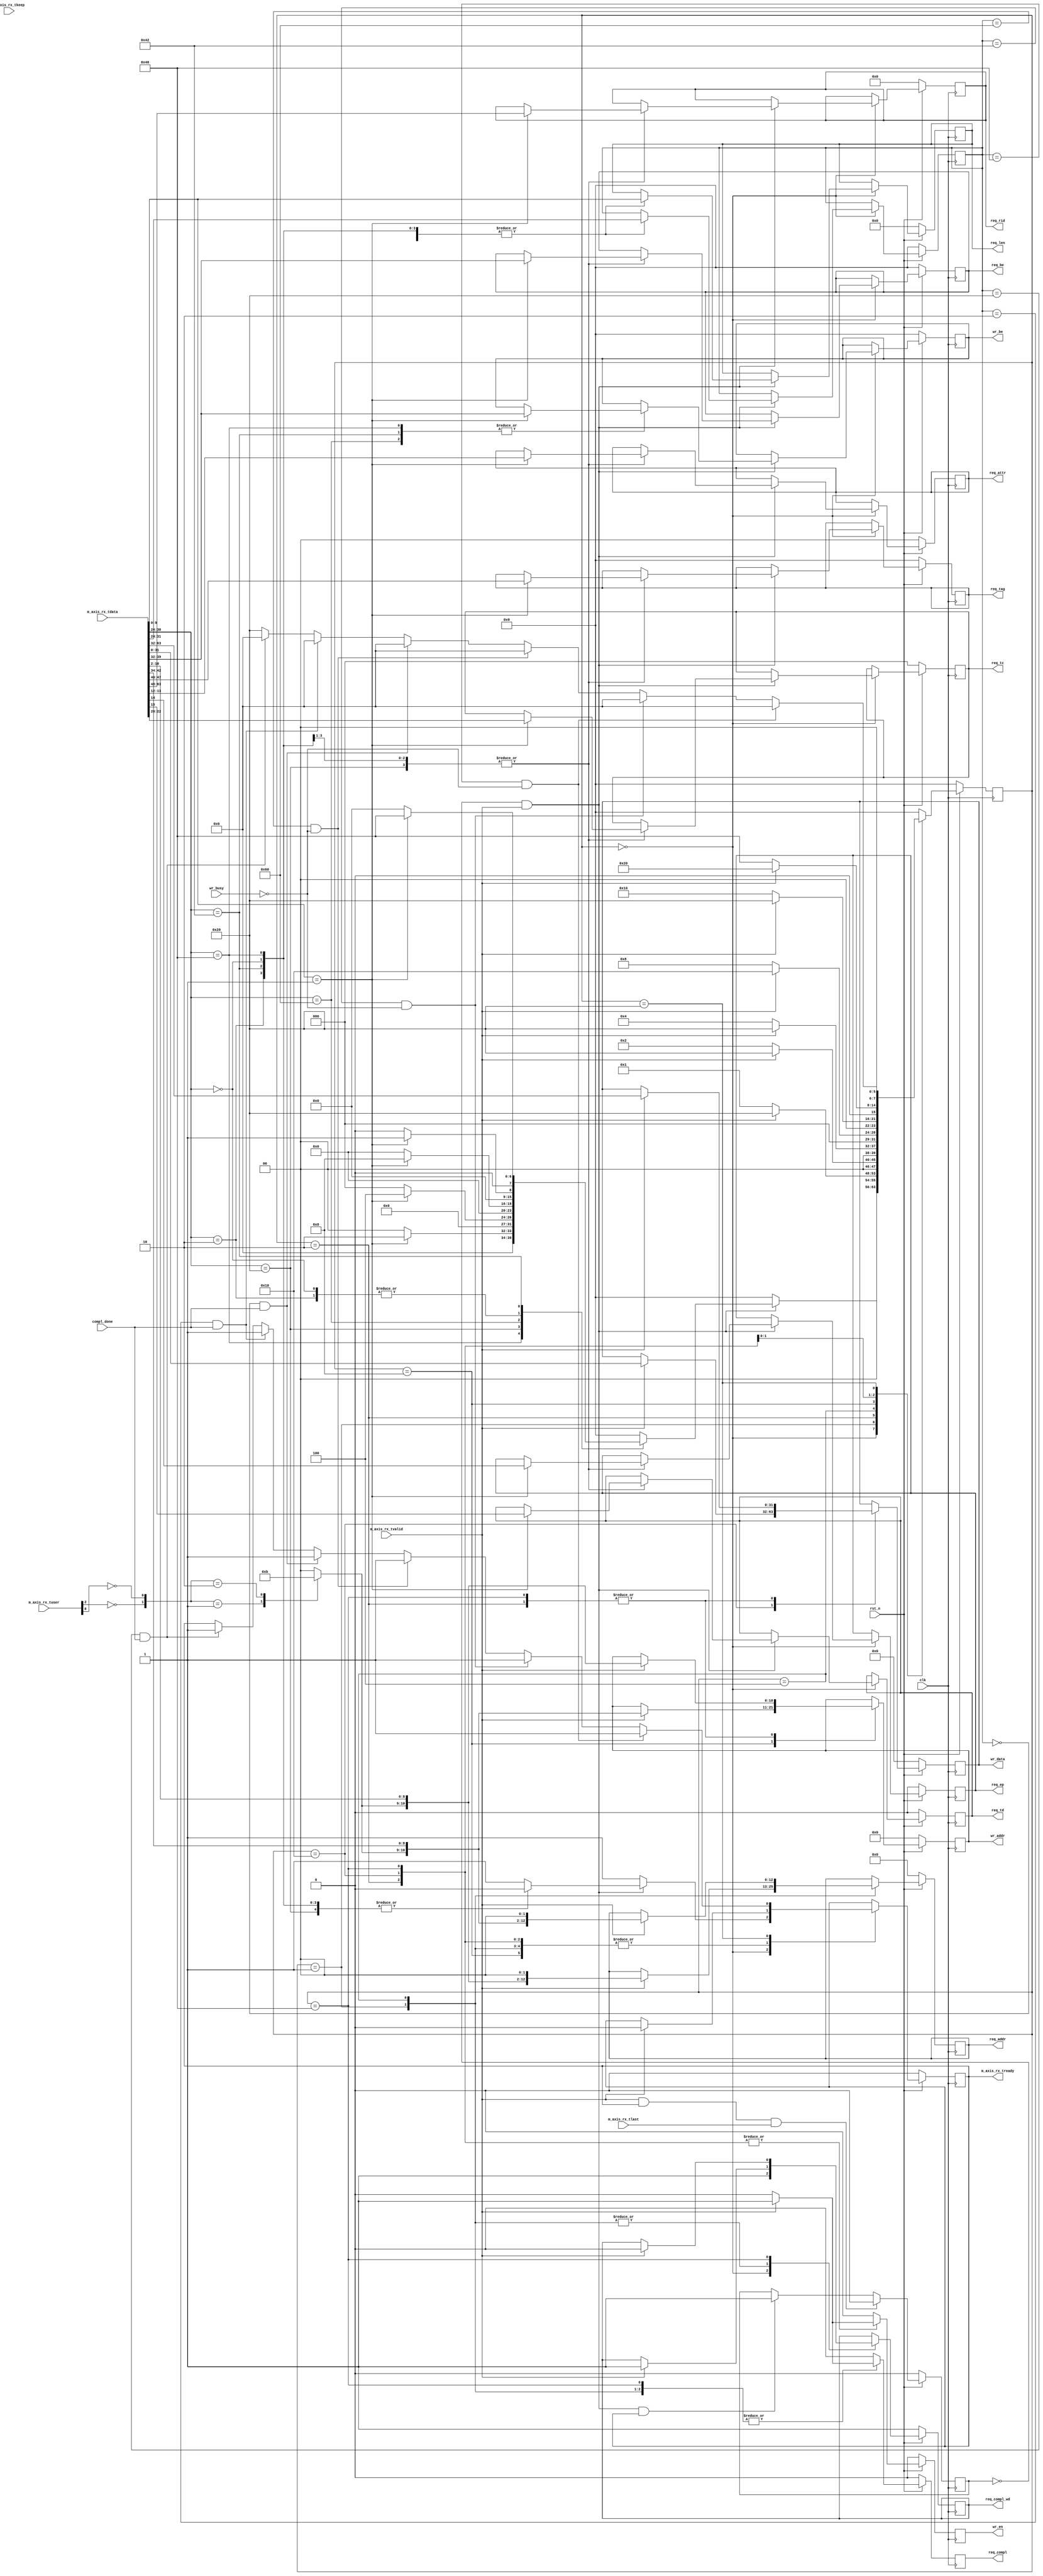
//-----------------------------------------------------------------------------
//
// (c) Copyright 2010-2011 Xilinx, Inc. All rights reserved.
//
// This file contains confidential and proprietary information
// of Xilinx, Inc. and is protected under U.S. and
// international copyright and other intellectual property
// laws.
//
// DISCLAIMER
// This disclaimer is not a license and does not grant any
// rights to the materials distributed herewith. Except as
// otherwise provided in a valid license issued to you by
// Xilinx, and to the maximum extent permitted by applicable
// law: (1) THESE MATERIALS ARE MADE AVAILABLE "AS IS" AND
// WITH ALL FAULTS, AND XILINX HEREBY DISCLAIMS ALL WARRANTIES
// AND CONDITIONS, EXPRESS, IMPLIED, OR STATUTORY, INCLUDING
// BUT NOT LIMITED TO WARRANTIES OF MERCHANTABILITY, NON-
// INFRINGEMENT, OR FITNESS FOR ANY PARTICULAR PURPOSE; and
// (2) Xilinx shall not be liable (whether in contract or tort,
// including negligence, or under any other theory of
// liability) for any loss or damage of any kind or nature
// related to, arising under or in connection with these
// materials, including for any direct, or any indirect,
// special, incidental, or consequential loss or damage
// (including loss of data, profits, goodwill, or any type of
// loss or damage suffered as a result of any action brought
// by a third party) even if such damage or loss was
// reasonably foreseeable or Xilinx had been advised of the
// possibility of the same.
//
// CRITICAL APPLICATIONS
// Xilinx products are not designed or intended to be fail-
// safe, or for use in any application requiring fail-safe
// performance, such as life-support or safety devices or
// systems, Class III medical devices, nuclear facilities,
// applications related to the deployment of airbags, or any
// other applications that could lead to death, personal
// injury, or severe property or environmental damage
// (individually and collectively, "Critical
// Applications"). Customer assumes the sole risk and
// liability of any use of Xilinx products in Critical
// Applications, subject only to applicable laws and
// regulations governing limitations on product liability.
//
// THIS COPYRIGHT NOTICE AND DISCLAIMER MUST BE RETAINED AS
// PART OF THIS FILE AT ALL TIMES.
//
//-----------------------------------------------------------------------------
// Project    : Series-7 Integrated Block for PCI Express
// Version    : 3.0
//--
//-- Description: Local-Link Receive Unit.
//--
//--------------------------------------------------------------------------------

`timescale 1ps/1ps


(* DowngradeIPIdentifiedWarnings = "yes" *)
module PIO_RX_ENGINE  #(
  parameter TCQ = 1,
  parameter C_DATA_WIDTH = 64,            // RX/TX interface data width

  // Do not override parameters below this line
  parameter KEEP_WIDTH = C_DATA_WIDTH / 8               // TSTRB width
) (
  input                         clk,
  input                         rst_n,

  // AXI-S
  input  [C_DATA_WIDTH-1:0]     m_axis_rx_tdata,
  input  [KEEP_WIDTH-1:0]       m_axis_rx_tkeep,
  input                         m_axis_rx_tlast,
  input                         m_axis_rx_tvalid,
  output reg                    m_axis_rx_tready,
  input    [21:0]               m_axis_rx_tuser,


  //  Memory Read data handshake with Completion
  //  transmit unit. Transmit unit reponds to
  //  req_compl assertion and responds with compl_done
  //  assertion when a Completion w/ data is transmitted.


  output reg         req_compl,
  output reg         req_compl_wd,
  input              compl_done,

  output reg [2:0]   req_tc,                        // Memory Read TC
  output reg         req_td,                        // Memory Read TD
  output reg         req_ep,                        // Memory Read EP
  output reg [1:0]   req_attr,                      // Memory Read Attribute
  output reg [9:0]   req_len,                       // Memory Read Length (1DW)
  output reg [15:0]  req_rid,                       // Memory Read Requestor ID
  output reg [7:0]   req_tag,                       // Memory Read Tag
  output reg [7:0]   req_be,                        // Memory Read Byte Enables
  output reg [12:0]  req_addr,                      // Memory Read Address


  // Memory interface used to save 1 DW data received
  // on Memory Write 32 TLP. Data extracted from
  // inbound TLP is presented to the Endpoint memory
  // unit. Endpoint memory unit reacts to wr_en
  // assertion and asserts wr_busy when it is
  // processing written information.


  output reg [10:0]  wr_addr,                       // Memory Write Address
  output reg [7:0]   wr_be,                         // Memory Write Byte Enable
  output reg [31:0]  wr_data,                       // Memory Write Data
  output reg         wr_en,                         // Memory Write Enable
  input              wr_busy                        // Memory Write Busy
);

  localparam PIO_RX_MEM_RD32_FMT_TYPE = 7'b00_00000;
  localparam PIO_RX_MEM_WR32_FMT_TYPE = 7'b10_00000;
  localparam PIO_RX_MEM_RD64_FMT_TYPE = 7'b01_00000;
  localparam PIO_RX_MEM_WR64_FMT_TYPE = 7'b11_00000;
  localparam PIO_RX_IO_RD32_FMT_TYPE  = 7'b00_00010;
  localparam PIO_RX_IO_WR32_FMT_TYPE  = 7'b10_00010;

  localparam PIO_RX_RST_STATE            = 8'b00000000;
  localparam PIO_RX_MEM_RD32_DW1DW2      = 8'b00000001;
  localparam PIO_RX_MEM_WR32_DW1DW2      = 8'b00000010;
  localparam PIO_RX_MEM_RD64_DW1DW2      = 8'b00000100;
  localparam PIO_RX_MEM_WR64_DW1DW2      = 8'b00001000;
  localparam PIO_RX_MEM_WR64_DW3         = 8'b00010000;
  localparam PIO_RX_WAIT_STATE           = 8'b00100000;
  localparam PIO_RX_IO_WR_DW1DW2         = 8'b01000000;
  localparam PIO_RX_IO_MEM_WR_WAIT_STATE = 8'b10000000;


  // Local Registers

  reg [7:0]          state;
  reg [7:0]          tlp_type;

  wire               io_bar_hit_n;
  wire               mem32_bar_hit_n;
  wire               mem64_bar_hit_n;
  wire               erom_bar_hit_n;

  reg [1:0]          region_select;

  generate
    if (C_DATA_WIDTH == 64) begin : pio_rx_sm_64
      wire               sop;                   // Start of packet
      reg                in_packet_q;

      // Generate a signal that indicates if we are currently receiving a packet.
      // This value is one clock cycle delayed from what is actually on the AXIS
      // data bus.
      always@(posedge clk)
      begin
        if(!rst_n)
          in_packet_q <= #   TCQ 1'b0;
        else if (m_axis_rx_tvalid && m_axis_rx_tready && m_axis_rx_tlast)
          in_packet_q <= #   TCQ 1'b0;
        else if (sop && m_axis_rx_tready)
          in_packet_q <= #   TCQ 1'b1;

      end

      assign sop = !in_packet_q && m_axis_rx_tvalid;

      always @ ( posedge clk ) begin

        if (!rst_n )
        begin

          m_axis_rx_tready <= #TCQ 1'b0;

          req_compl    <= #TCQ 1'b0;
          req_compl_wd <= #TCQ 1'b1;

          req_tc       <= #TCQ 3'b0;
          req_td       <= #TCQ 1'b0;
          req_ep       <= #TCQ 1'b0;
          req_attr     <= #TCQ 2'b0;
          req_len      <= #TCQ 10'b0;
          req_rid      <= #TCQ 16'b0;
          req_tag      <= #TCQ 8'b0;
          req_be       <= #TCQ 8'b0;
          req_addr     <= #TCQ 13'b0;

          wr_be        <= #TCQ 8'b0;
          wr_addr      <= #TCQ 11'b0;
          wr_data      <= #TCQ 32'b0;
          wr_en        <= #TCQ 1'b0;

          state        <= #TCQ PIO_RX_RST_STATE;
          tlp_type     <= #TCQ 8'b0;

        end
        else
        begin

          wr_en        <= #TCQ 1'b0;
          req_compl    <= #TCQ 1'b0;

          case (state)

            PIO_RX_RST_STATE : begin

              m_axis_rx_tready <= #TCQ 1'b1;
              req_compl_wd     <= #TCQ 1'b1;


              if (sop)
              begin

                case (m_axis_rx_tdata[30:24])

                  PIO_RX_MEM_RD32_FMT_TYPE : begin

                    tlp_type     <= #TCQ m_axis_rx_tdata[31:24];
                    req_len      <= #TCQ m_axis_rx_tdata[9:0];
                    m_axis_rx_tready <= #TCQ 1'b0;


                    if (m_axis_rx_tdata[9:0] == 10'b1)
                    begin

                      req_tc     <= #TCQ m_axis_rx_tdata[22:20];
                      req_td     <= #TCQ m_axis_rx_tdata[15];
                      req_ep     <= #TCQ m_axis_rx_tdata[14];
                      req_attr   <= #TCQ m_axis_rx_tdata[13:12];
                      req_len    <= #TCQ m_axis_rx_tdata[9:0];
                      req_rid    <= #TCQ m_axis_rx_tdata[63:48];
                      req_tag    <= #TCQ m_axis_rx_tdata[47:40];
                      req_be     <= #TCQ m_axis_rx_tdata[39:32];
                      state      <= #TCQ PIO_RX_MEM_RD32_DW1DW2;

                    end // if (m_axis_rx_tdata[9:0] == 10'b1)
                    else
                    begin

                      state        <= #TCQ PIO_RX_RST_STATE;

                    end // if !(m_axis_rx_tdata[9:0] == 10'b1)

                  end // PIO_RX_MEM_RD32_FMT_TYPE

                  PIO_RX_MEM_WR32_FMT_TYPE : begin

                    tlp_type     <= #TCQ m_axis_rx_tdata[31:24];
                    req_len      <= #TCQ m_axis_rx_tdata[9:0];
                    m_axis_rx_tready <= #TCQ 1'b0;

                    if (m_axis_rx_tdata[9:0] == 10'b1)
                    begin

                      wr_be      <= #TCQ m_axis_rx_tdata[39:32];
                      state      <= #TCQ PIO_RX_MEM_WR32_DW1DW2;

                    end // if (m_axis_rx_tdata[9:0] == 10'b1)
                    else
                    begin

                      state      <= #TCQ PIO_RX_RST_STATE;

                    end // if !(m_axis_rx_tdata[9:0] == 10'b1)

                  end // PIO_RX_MEM_WR32_FMT_TYPE

                  PIO_RX_MEM_RD64_FMT_TYPE : begin

                    tlp_type     <= #TCQ m_axis_rx_tdata[31:24];
                    req_len      <= #TCQ m_axis_rx_tdata[9:0];
                    m_axis_rx_tready <= #TCQ 1'b0;

                    if (m_axis_rx_tdata[9:0] == 10'b1)
                    begin

                      req_tc     <= #TCQ m_axis_rx_tdata[22:20];
                      req_td     <= #TCQ m_axis_rx_tdata[15];
                      req_ep     <= #TCQ m_axis_rx_tdata[14];
                      req_attr   <= #TCQ m_axis_rx_tdata[13:12];
                      req_len    <= #TCQ m_axis_rx_tdata[9:0];
                      req_rid    <= #TCQ m_axis_rx_tdata[63:48];
                      req_tag    <= #TCQ m_axis_rx_tdata[47:40];
                      req_be     <= #TCQ m_axis_rx_tdata[39:32];
                      state        <= #TCQ PIO_RX_MEM_RD64_DW1DW2;

                    end // if (m_axis_rx_tdata[9:0] == 10'b1)
                    else
                    begin

                      state      <= #TCQ PIO_RX_RST_STATE;

                    end // if !(m_axis_rx_tdata[9:0] == 10'b1)

                  end // PIO_RX_MEM_RD64_FMT_TYPE

                  PIO_RX_MEM_WR64_FMT_TYPE : begin

                    tlp_type     <= #TCQ m_axis_rx_tdata[31:24];
                    req_len      <= #TCQ m_axis_rx_tdata[9:0];

                    if (m_axis_rx_tdata[9:0] == 10'b1) begin

                      wr_be      <= #TCQ m_axis_rx_tdata[39:32];
                      state      <= #TCQ PIO_RX_MEM_WR64_DW1DW2;

                    end // if (m_axis_rx_tdata[9:0] == 10'b1)
                    else
                    begin

                      state      <= #TCQ PIO_RX_RST_STATE;

                    end // if !(m_axis_rx_tdata[9:0] == 10'b1)

                  end // PIO_RX_MEM_WR64_FMT_TYPE


                  PIO_RX_IO_RD32_FMT_TYPE : begin

                    tlp_type     <= #TCQ m_axis_rx_tdata[31:24];
                    req_len      <= #TCQ m_axis_rx_tdata[9:0];
                    m_axis_rx_tready <= #TCQ 1'b0;


                    if (m_axis_rx_tdata[9:0] == 10'b1)
                    begin

                      req_tc     <= #TCQ m_axis_rx_tdata[22:20];
                      req_td     <= #TCQ m_axis_rx_tdata[15];
                      req_ep     <= #TCQ m_axis_rx_tdata[14];
                      req_attr   <= #TCQ m_axis_rx_tdata[13:12];
                      req_len    <= #TCQ m_axis_rx_tdata[9:0];
                      req_rid    <= #TCQ m_axis_rx_tdata[63:48];
                      req_tag    <= #TCQ m_axis_rx_tdata[47:40];
                      req_be     <= #TCQ m_axis_rx_tdata[39:32];
                      state      <= #TCQ PIO_RX_MEM_RD32_DW1DW2;

                    end // if (m_axis_rx_tdata[9:0] == 10'b1)
                    else
                    begin

                      state      <= #TCQ PIO_RX_RST_STATE;

                    end // if !(m_axis_rx_tdata[9:0] == 10'b1)

                  end // PIO_RX_IO_RD32_FMT_TYPE

                  PIO_RX_IO_WR32_FMT_TYPE : begin

                    tlp_type     <= #TCQ m_axis_rx_tdata[31:24];
                    req_len      <= #TCQ m_axis_rx_tdata[9:0];
                    m_axis_rx_tready <= #TCQ 1'b0;

                    if (m_axis_rx_tdata[9:0] == 10'b1)
                    begin

                      req_tc     <= #TCQ m_axis_rx_tdata[22:20];
                      req_td     <= #TCQ m_axis_rx_tdata[15];
                      req_ep     <= #TCQ m_axis_rx_tdata[14];
                      req_attr   <= #TCQ m_axis_rx_tdata[13:12];
                      req_len    <= #TCQ m_axis_rx_tdata[9:0];
                      req_rid    <= #TCQ m_axis_rx_tdata[63:48];
                      req_tag    <= #TCQ m_axis_rx_tdata[47:40];
                      req_be     <= #TCQ m_axis_rx_tdata[39:32];
                      wr_be      <= #TCQ m_axis_rx_tdata[39:32];
                      state      <= #TCQ PIO_RX_IO_WR_DW1DW2;

                    end //if (m_axis_rx_tdata[9:0] == 10'b1)
                    else
                    begin

                      state        <= #TCQ PIO_RX_RST_STATE;

                    end //if !(m_axis_rx_tdata[9:0] == 10'b1)

                  end // PIO_RX_IO_WR32_FMT_TYPE


                  default : begin // other TLPs

                    state        <= #TCQ PIO_RX_RST_STATE;

                  end // default

                endcase

              end // if (sop)
              else
                  state <= #TCQ PIO_RX_RST_STATE;

            end // PIO_RX_RST_STATE

            PIO_RX_MEM_RD32_DW1DW2 : begin

              if (m_axis_rx_tvalid)
              begin

                m_axis_rx_tready <= #TCQ 1'b0;
                req_addr     <= #TCQ {region_select[1:0],m_axis_rx_tdata[10:2], 2'b00};
                req_compl    <= #TCQ 1'b1;
                req_compl_wd <= #TCQ 1'b1;
                state        <= #TCQ PIO_RX_WAIT_STATE;

              end // if (m_axis_rx_tvalid)
              else
                state        <= #TCQ PIO_RX_MEM_RD32_DW1DW2;

            end // PIO_RX_MEM_RD32_DW1DW2


            PIO_RX_MEM_WR32_DW1DW2 : begin

              if (m_axis_rx_tvalid)
              begin

                wr_data      <= #TCQ m_axis_rx_tdata[63:32];
                wr_en        <= #TCQ 1'b1;
                m_axis_rx_tready <= #TCQ 1'b0;
                wr_addr      <= #TCQ {region_select[1:0],m_axis_rx_tdata[10:2]};
                state        <= #TCQ  PIO_RX_WAIT_STATE;

              end // if (m_axis_rx_tvalid)
              else
                state        <= #TCQ PIO_RX_MEM_WR32_DW1DW2;

            end // PIO_RX_MEM_WR32_DW1DW2


            PIO_RX_MEM_RD64_DW1DW2 : begin

              if (m_axis_rx_tvalid)
              begin

                req_addr     <= #TCQ {region_select[1:0],m_axis_rx_tdata[42:34], 2'b00};
                req_compl    <= #TCQ 1'b1;
                req_compl_wd <= #TCQ 1'b1;
                m_axis_rx_tready <= #TCQ 1'b0;
                state        <= #TCQ PIO_RX_WAIT_STATE;

              end // if (m_axis_rx_tvalid)
              else
                state        <= #TCQ PIO_RX_MEM_RD64_DW1DW2;

            end // PIO_RX_MEM_RD64_DW1DW2


            PIO_RX_MEM_WR64_DW1DW2 : begin

              if (m_axis_rx_tvalid)
              begin

                m_axis_rx_tready <= #TCQ 1'b0;
                wr_addr        <= #TCQ {region_select[1:0],m_axis_rx_tdata[42:34]};
                state          <= #TCQ  PIO_RX_MEM_WR64_DW3;

              end // if (m_axis_rx_tvalid)
              else
                state          <= #TCQ PIO_RX_MEM_WR64_DW1DW2;

            end // PIO_RX_MEM_WR64_DW1DW2


            PIO_RX_MEM_WR64_DW3 : begin

              if (m_axis_rx_tvalid)
              begin

                wr_data      <= #TCQ m_axis_rx_tdata[31:0];
                wr_en        <= #TCQ 1'b1;
                m_axis_rx_tready <= #TCQ 1'b0;
                state        <= #TCQ PIO_RX_WAIT_STATE;

              end // if (m_axis_rx_tvalid)
              else
                 state        <= #TCQ PIO_RX_MEM_WR64_DW3;

            end // PIO_RX_MEM_WR64_DW3


            PIO_RX_IO_WR_DW1DW2 : begin

              if (m_axis_rx_tvalid)
              begin

                wr_data         <= #TCQ m_axis_rx_tdata[63:32];
                wr_en           <= #TCQ 1'b1;
                m_axis_rx_tready  <= #TCQ 1'b0;
                wr_addr         <= #TCQ {region_select[1:0],m_axis_rx_tdata[10:2]};
                req_compl       <= #TCQ 1'b1;
                req_compl_wd    <= #TCQ 1'b0;
                state             <= #TCQ  PIO_RX_WAIT_STATE;

              end // if (m_axis_rx_tvalid)
              else
                state             <= #TCQ PIO_RX_IO_WR_DW1DW2;
            end // PIO_RX_IO_WR_DW1DW2

            PIO_RX_WAIT_STATE : begin

              wr_en      <= #TCQ 1'b0;
              req_compl  <= #TCQ 1'b0;

              if ((tlp_type == PIO_RX_MEM_WR32_FMT_TYPE) && (!wr_busy))
              begin

                m_axis_rx_tready <= #TCQ 1'b1;
                state        <= #TCQ PIO_RX_RST_STATE;

              end // if ((tlp_type == PIO_RX_MEM_WR32_FMT_TYPE) && (!wr_busy))
              else if ((tlp_type == PIO_RX_IO_WR32_FMT_TYPE) && (!wr_busy))
              begin

                m_axis_rx_tready <= #TCQ 1'b1;
                state        <= #TCQ PIO_RX_RST_STATE;

              end // if ((tlp_type == PIO_RX_IO_WR32_FMT_TYPE) && (!wr_busy))
              else if ((tlp_type == PIO_RX_MEM_WR64_FMT_TYPE) && (!wr_busy))
              begin

                m_axis_rx_tready <= #TCQ 1'b1;
                state        <= #TCQ PIO_RX_RST_STATE;

              end // if ((tlp_type == PIO_RX_MEM_WR64_FMT_TYPE) && (!wr_busy))
              else if ((tlp_type == PIO_RX_MEM_RD32_FMT_TYPE) && (compl_done))
              begin

                m_axis_rx_tready <= #TCQ 1'b1;
                state        <= #TCQ PIO_RX_RST_STATE;

              end // if ((tlp_type == PIO_RX_MEM_RD32_FMT_TYPE) && (compl_done))
              else if ((tlp_type == PIO_RX_IO_RD32_FMT_TYPE) && (compl_done))
              begin

                m_axis_rx_tready <= #TCQ 1'b1;
                state        <= #TCQ PIO_RX_RST_STATE;

              end // if ((tlp_type == PIO_RX_IO_RD32_FMT_TYPE) && (compl_done))
              else if ((tlp_type == PIO_RX_MEM_RD64_FMT_TYPE) && (compl_done))
              begin

                m_axis_rx_tready <= #TCQ 1'b1;
                state        <= #TCQ PIO_RX_RST_STATE;

              end // if ((tlp_type == PIO_RX_MEM_RD64_FMT_TYPE) && (compl_done))
              else
                state        <= #TCQ PIO_RX_WAIT_STATE;

            end // PIO_RX_WAIT_STATE

            default : begin
              // default case stmt
              state        <= #TCQ PIO_RX_RST_STATE;
            end // default

          endcase

        end

      end
    end
    else if (C_DATA_WIDTH == 128) begin : pio_rx_sm_128
      // Define where the start of packet happens.  Remember that PCIe dwords
      // start on the right and get filled in to the left of the 128-bit data
      // bus.
      // Start of packet can only happen on byte 0 (right most byte) or on
      // byte 8 (middle byte).
      wire               sof_present = m_axis_rx_tuser[14];
      wire               sof_right = !m_axis_rx_tuser[13] && sof_present;
      wire               sof_mid = m_axis_rx_tuser[13] && sof_present;



      always @ ( posedge clk ) begin
        if (!rst_n )
        begin
          m_axis_rx_tready <= #TCQ 1'b0;
          req_compl    <= #TCQ 1'b0;
          req_compl_wd <= #TCQ 1'b1;
          req_tc       <= #TCQ 3'b0;
          req_td       <= #TCQ 1'b0;
          req_ep       <= #TCQ 1'b0;
          req_attr     <= #TCQ 2'b0;
          req_len      <= #TCQ 10'b0;
          req_rid      <= #TCQ 16'b0;
          req_tag      <= #TCQ 8'b0;
          req_be       <= #TCQ 8'b0;
          req_addr     <= #TCQ 13'b0;
          wr_be        <= #TCQ 8'b0;
          wr_addr      <= #TCQ 11'b0;
          wr_data      <= #TCQ 32'b0;
          wr_en        <= #TCQ 1'b0;

          state        <= #TCQ PIO_RX_RST_STATE;
          tlp_type     <= #TCQ 8'b0;
        end // if (!rst_n )
        else
        begin
          wr_en        <= #TCQ 1'b0;
          req_compl    <= #TCQ 1'b0;

          case (state)

            PIO_RX_RST_STATE : begin

              m_axis_rx_tready  <= #TCQ 1'b1;
              state             <= #TCQ PIO_RX_RST_STATE;
              req_compl_wd      <= #TCQ 1'b1;


              // Packet starts in the middle of the 128-bit bus.
              if ((m_axis_rx_tvalid) && (m_axis_rx_tready))
              begin
                if (sof_mid)
                begin
                  tlp_type          <= #TCQ m_axis_rx_tdata[95:88];
                  req_len           <= #TCQ m_axis_rx_tdata[73:64];
                  m_axis_rx_tready  <= #TCQ 1'b0;

                  // Evaluate packet type
                  case (m_axis_rx_tdata[94:88])

                    PIO_RX_MEM_RD32_FMT_TYPE : begin
                      if (m_axis_rx_tdata[73:64] == 10'b1)
                      begin
                        req_tc       <= #TCQ m_axis_rx_tdata[86:84];
                        req_td       <= #TCQ m_axis_rx_tdata[79];
                        req_ep       <= #TCQ m_axis_rx_tdata[78];
                        req_attr     <= #TCQ m_axis_rx_tdata[77:76];
                        req_len      <= #TCQ m_axis_rx_tdata[73:64];
                        req_rid      <= #TCQ m_axis_rx_tdata[127:112];
                        req_tag      <= #TCQ m_axis_rx_tdata[111:104];
                        req_be       <= #TCQ m_axis_rx_tdata[103:96];
                        state        <= #TCQ PIO_RX_MEM_RD32_DW1DW2;
                      end // if (m_axis_rx_tdata[73:64] == 10'b1)
                      else
                      begin
                        state        <= #TCQ PIO_RX_RST_STATE;
                      end // if !(m_axis_rx_tdata[73:64] == 10'b1)
                    end // PIO_RX_MEM_RD32_FMT_TYPE

                    PIO_RX_MEM_WR32_FMT_TYPE : begin
                      if (m_axis_rx_tdata[73:64] == 10'b1)
                      begin
                        wr_be        <= #TCQ m_axis_rx_tdata[103:96];
                        state        <= #TCQ PIO_RX_MEM_WR32_DW1DW2;
                      end // if (m_axis_rx_tdata[73:64] == 10'b1)
                      else
                      begin
                        state        <= #TCQ PIO_RX_RST_STATE;
                      end // if !(m_axis_rx_tdata[73:64] == 10'b1)
                    end // PIO_RX_MEM_WR32_FMT_TYPE

                    PIO_RX_MEM_RD64_FMT_TYPE : begin
                      if (m_axis_rx_tdata[73:64] == 10'b1)
                      begin
                        req_tc       <= #TCQ m_axis_rx_tdata[86:84];
                        req_td       <= #TCQ m_axis_rx_tdata[79];
                        req_ep       <= #TCQ m_axis_rx_tdata[78];
                        req_attr     <= #TCQ m_axis_rx_tdata[77:76];
                        req_len      <= #TCQ m_axis_rx_tdata[73:64];
                        req_rid      <= #TCQ m_axis_rx_tdata[127:112];
                        req_tag      <= #TCQ m_axis_rx_tdata[111:104];
                        req_be       <= #TCQ m_axis_rx_tdata[103:96];
                        state        <= #TCQ PIO_RX_MEM_RD64_DW1DW2;
                      end // if !(m_axis_rx_tdata[73:64] == 10'b1)
                      else
                      begin
                        state        <= #TCQ PIO_RX_RST_STATE;
                      end // if !(m_axis_rx_tdata[73:64] == 10'b1)
                    end // PIO_RX_MEM_RD64_FMT_TYPE

                    PIO_RX_MEM_WR64_FMT_TYPE : begin
                      if (m_axis_rx_tdata[73:64] == 10'b1)
                      begin
                        wr_be        <= #TCQ m_axis_rx_tdata[103:96];
                        state        <= #TCQ PIO_RX_MEM_WR64_DW1DW2;
                      end // if (m_axis_rx_tdata[73:64] == 10'b1)
                      else
                      begin
                        state        <= #TCQ PIO_RX_RST_STATE;
                      end // if !(m_axis_rx_tdata[73:64] == 10'b1)
                    end // PIO_RX_MEM_WR64_FMT_TYPE

                    PIO_RX_IO_RD32_FMT_TYPE : begin
                      if (m_axis_rx_tdata[73:64] == 10'b1)
                      begin
                        req_tc       <= #TCQ m_axis_rx_tdata[86:84];
                        req_td       <= #TCQ m_axis_rx_tdata[79];
                        req_ep       <= #TCQ m_axis_rx_tdata[78];
                        req_attr     <= #TCQ m_axis_rx_tdata[77:76];
                        req_len      <= #TCQ m_axis_rx_tdata[73:64];
                        req_rid      <= #TCQ m_axis_rx_tdata[127:112];
                        req_tag      <= #TCQ m_axis_rx_tdata[111:104];
                        req_be       <= #TCQ m_axis_rx_tdata[103:96];
                        state        <= #TCQ PIO_RX_MEM_RD32_DW1DW2;
                      end // if (m_axis_rx_tdata[73:64] == 10'b1)
                      else
                      begin
                        state        <= #TCQ PIO_RX_RST_STATE;
                      end // if !(m_axis_rx_tdata[73:64] == 10'b1)
                    end // PIO_RX_IO_RD32_FMT_TYPE

                    PIO_RX_IO_WR32_FMT_TYPE : begin
                      if (m_axis_rx_tdata[73:64] == 10'b1)
                      begin
                        req_tc       <= #TCQ m_axis_rx_tdata[86:84];
                        req_td       <= #TCQ m_axis_rx_tdata[79];
                        req_ep       <= #TCQ m_axis_rx_tdata[78];
                        req_attr     <= #TCQ m_axis_rx_tdata[77:76];
                        req_len      <= #TCQ m_axis_rx_tdata[73:64];
                        req_rid      <= #TCQ m_axis_rx_tdata[127:112];
                        req_tag      <= #TCQ m_axis_rx_tdata[111:104];

                        wr_be        <= #TCQ m_axis_rx_tdata[103:96];
                        state        <= #TCQ PIO_RX_MEM_WR32_DW1DW2;
                      end // if (m_axis_rx_tdata[73:64] == 10'b1)
                      else
                      begin
                        state        <= #TCQ PIO_RX_RST_STATE;
                      end // if !(m_axis_rx_tdata[73:64] == 10'b1)
                    end // PIO_RX_IO_WR32_FMT_TYPE

                    default : begin // other TLPs
                      state        <= #TCQ PIO_RX_RST_STATE;
                    end // default
                  endcase // case (m_axis_rx_tdata[94:88])

                // Packet starts on the right of the data bus.  Remember, packets start
                // on the right and are filled to the left.  The data-bus is filled 32-bits
                // (one Dword) at time.

                end
                else if (sof_right)
                begin
                  tlp_type        <= #TCQ m_axis_rx_tdata[31:24];
                  req_len         <= #TCQ m_axis_rx_tdata[9:0];
                  m_axis_rx_tready  <= #TCQ 1'b0;

                  case (m_axis_rx_tdata[30:24])
                    PIO_RX_MEM_RD32_FMT_TYPE : begin
                      if (m_axis_rx_tdata[9:0] == 10'b1)
                      begin
                        req_tc       <= #TCQ m_axis_rx_tdata[22:20];
                        req_td       <= #TCQ m_axis_rx_tdata[15];
                        req_ep       <= #TCQ m_axis_rx_tdata[14];
                        req_attr     <= #TCQ m_axis_rx_tdata[13:12];
                        req_len      <= #TCQ m_axis_rx_tdata[9:0];
                        req_rid      <= #TCQ m_axis_rx_tdata[63:48];
                        req_tag      <= #TCQ m_axis_rx_tdata[47:40];
                        req_be       <= #TCQ m_axis_rx_tdata[39:32];

                        //lower qw
                        req_addr     <= #TCQ {region_select[1:0],
                                                 m_axis_rx_tdata[74:66],2'b00};
                        req_compl    <= #TCQ 1'b1;
                        req_compl_wd <= #TCQ 1'b1;
                        state        <= #TCQ PIO_RX_WAIT_STATE;
                      end // if (m_axis_rx_tdata[9:0] == 10'b1)
                      else
                      begin
                        state        <= #TCQ PIO_RX_RST_STATE;
                      end // if (m_axis_rx_tdata[9:0] == 10'b1)
                    end // PIO_RX_MEM_RD32_FMT_TYPE

                    PIO_RX_MEM_WR32_FMT_TYPE : begin
                      if (m_axis_rx_tdata[9:0] == 10'b1)
                      begin
                        wr_be        <= #TCQ m_axis_rx_tdata[39:32];

                        //lower qw
                        wr_data      <= #TCQ m_axis_rx_tdata[127:96];
                        wr_en        <= #TCQ 1'b1;
                        wr_addr      <= #TCQ {region_select[1:0], m_axis_rx_tdata[74:66]};
                        wr_en        <= #TCQ 1'b1;
                        state        <= #TCQ PIO_RX_WAIT_STATE;
                      end // if (m_axis_rx_tdata[9:0] == 10'b1)
                      else
                      begin
                          state        <= #TCQ PIO_RX_RST_STATE;
                      end // if !(m_axis_rx_tdata[9:0] == 10'b1)
                    end // PIO_RX_MEM_WR32_FMT_TYPE


                    PIO_RX_MEM_RD64_FMT_TYPE : begin
                      if (m_axis_rx_tdata[9:0] == 10'b1)
                      begin
                        req_tc       <= #TCQ m_axis_rx_tdata[22:20];
                        req_td       <= #TCQ m_axis_rx_tdata[15];
                        req_ep       <= #TCQ m_axis_rx_tdata[14];
                        req_attr     <= #TCQ m_axis_rx_tdata[13:12];
                        req_len      <= #TCQ m_axis_rx_tdata[9:0];
                        req_rid      <= #TCQ m_axis_rx_tdata[63:48];
                        req_tag      <= #TCQ m_axis_rx_tdata[47:40];
                        req_be       <= #TCQ m_axis_rx_tdata[39:32];

                        //lower qw
                        // Upper 32-bits of 64-bit address not used, but would be captured
                        // in this state if used.  Upper 32 address bits are on
                        //m_axis_rx_tdata[127:96]
                        req_addr     <= #TCQ {region_select[1:0], m_axis_rx_tdata[74:66],2'b00};
                        req_compl    <= #TCQ 1'b1;
                        req_compl_wd <= #TCQ 1'b1;
                        state        <= #TCQ PIO_RX_WAIT_STATE;
                      end // if (m_axis_rx_tdata[9:0] == 10'b1)
                      else
                      begin
                        state        <= #TCQ PIO_RX_RST_STATE;
                      end // if !(m_axis_rx_tdata[9:0] == 10'b1)
                    end // PIO_RX_MEM_RD64_FMT_TYPE

                    PIO_RX_MEM_WR64_FMT_TYPE : begin
                      if (m_axis_rx_tdata[9:0] == 10'b1)
                      begin
                        wr_be        <= #TCQ m_axis_rx_tdata[39:32];

                        // lower qw
                        wr_addr      <= #TCQ {region_select[1:0], m_axis_rx_tdata[74:66]};
                        state        <= #TCQ PIO_RX_MEM_WR64_DW3;
                      end // if (m_axis_rx_tdata[9:0] == 10'b1)
                      else
                      begin
                        state        <= #TCQ PIO_RX_WAIT_STATE;
                      end // if !(m_axis_rx_tdata[9:0] == 10'b1)
                    end // PIO_RX_MEM_WR64_FMT_TYPE


                    PIO_RX_IO_RD32_FMT_TYPE : begin
                      if (m_axis_rx_tdata[9:0] == 10'b1)
                      begin
                        req_tc       <= #TCQ m_axis_rx_tdata[22:20];
                        req_td       <= #TCQ m_axis_rx_tdata[15];
                        req_ep       <= #TCQ m_axis_rx_tdata[14];
                        req_attr     <= #TCQ m_axis_rx_tdata[13:12];
                        req_len      <= #TCQ m_axis_rx_tdata[9:0];
                        req_rid      <= #TCQ m_axis_rx_tdata[63:48];
                        req_tag      <= #TCQ m_axis_rx_tdata[47:40];
                        req_be       <= #TCQ m_axis_rx_tdata[39:32];

                        //lower qw
                        req_addr     <= #TCQ {region_select[1:0], m_axis_rx_tdata[74:66],2'b00};
                        req_compl    <= #TCQ 1'b1;
                        req_compl_wd <= #TCQ 1'b1;
                        state        <= #TCQ PIO_RX_WAIT_STATE;
                      end // if (m_axis_rx_tdata[9:0] == 10'b1)
                      else
                      begin
                        state        <= #TCQ PIO_RX_RST_STATE;
                      end // if !(m_axis_rx_tdata[9:0] == 10'b1)
                    end // PIO_RX_IO_RD32_FMT_TYPE


                    PIO_RX_IO_WR32_FMT_TYPE : begin
                      if (m_axis_rx_tdata[9:0] == 10'b1)
                      begin
                        wr_be        <= #TCQ m_axis_rx_tdata[39:32];

                        //lower qw
                        req_tc       <= #TCQ m_axis_rx_tdata[22:20];
                        req_td       <= #TCQ m_axis_rx_tdata[15];
                        req_ep       <= #TCQ m_axis_rx_tdata[14];
                        req_attr     <= #TCQ m_axis_rx_tdata[13:12];
                        req_len      <= #TCQ m_axis_rx_tdata[9:0];
                        req_rid      <= #TCQ m_axis_rx_tdata[63:48];
                        req_tag      <= #TCQ m_axis_rx_tdata[47:40];

                        wr_data      <= #TCQ m_axis_rx_tdata[127:96];
                        wr_en        <= #TCQ 1'b1;
                        wr_addr      <= #TCQ {region_select[1:0], m_axis_rx_tdata[74:66]};
                        wr_en        <= #TCQ 1'b1;
                        req_compl    <= #TCQ 1'b1;
                        req_compl_wd <= #TCQ 1'b0;
                        state        <= #TCQ PIO_RX_WAIT_STATE;
                      end // if (m_axis_rx_tdata[9:0] == 10'b1)
                      else
                      begin
                        state        <= #TCQ PIO_RX_RST_STATE;
                      end // if !(m_axis_rx_tdata[9:0] == 10'b1)
                    end // PIO_RX_IO_WR32_FMT_TYPE

                  endcase // case (m_axis_rx_tdata[30:24])

                end // if (sof_right)
              end
              else // not a start of packet
                state <= #TCQ PIO_RX_RST_STATE;
            end //PIO_RX_RST_STATE

            PIO_RX_MEM_WR64_DW3 : begin
              if (m_axis_rx_tvalid)
              begin
                wr_data        <= #TCQ m_axis_rx_tdata[31:0];
                wr_en          <= #TCQ 1'b1;
                state          <= #TCQ PIO_RX_WAIT_STATE;
              end // if (m_axis_rx_tvalid)
              else
              begin
                state          <= #TCQ PIO_RX_MEM_WR64_DW3;
              end // if !(m_axis_rx_tvalid)
            end // PIO_RX_MEM_WR64_DW3

            PIO_RX_MEM_RD32_DW1DW2 : begin
              if (m_axis_rx_tvalid)
              begin
                m_axis_rx_tready  <= #TCQ 1'b0;
                req_addr          <= #TCQ {region_select[1:0], m_axis_rx_tdata[10:2], 2'b00};
                req_compl         <= #TCQ 1'b1;
                req_compl_wd      <= #TCQ 1'b1;
                state             <= #TCQ PIO_RX_WAIT_STATE;
              end // if (m_axis_rx_tvalid)
              else
              begin
                state             <= #TCQ PIO_RX_MEM_RD32_DW1DW2;
              end // if !(m_axis_rx_tvalid)
            end // PIO_RX_MEM_RD32_DW1DW2


            PIO_RX_MEM_WR32_DW1DW2 : begin
              if (m_axis_rx_tvalid)
              begin
                wr_data           <= #TCQ m_axis_rx_tdata[63:32];
                wr_en             <= #TCQ 1'b1;
                m_axis_rx_tready  <= #TCQ 1'b0;
                wr_addr           <= #TCQ {region_select[1:0], m_axis_rx_tdata[10:2]};
                state             <= #TCQ  PIO_RX_WAIT_STATE;
              end // if (m_axis_rx_tvalid)
              else
              begin
                state             <= #TCQ PIO_RX_MEM_WR32_DW1DW2;
              end // if !(m_axis_rx_tvalid)
            end // PIO_RX_MEM_WR32_DW1DW2


            PIO_RX_IO_WR_DW1DW2 : begin
              if (m_axis_rx_tvalid)
              begin
                wr_data           <= #TCQ m_axis_rx_tdata[63:32];
                wr_en             <= #TCQ 1'b1;
                m_axis_rx_tready  <= #TCQ 1'b0;
                wr_addr           <= #TCQ {region_select[1:0], m_axis_rx_tdata[10:2]};
                req_compl         <= #TCQ 1'b1;
                req_compl_wd      <= #TCQ 1'b0;
                state             <= #TCQ  PIO_RX_WAIT_STATE;
              end // if (m_axis_rx_tvalid)
              else
              begin
                state             <= #TCQ PIO_RX_MEM_WR32_DW1DW2;
              end // if !(m_axis_rx_tvalid)
            end // PIO_RX_IO_WR_DW1DW2


            PIO_RX_MEM_RD64_DW1DW2 : begin
              if (m_axis_rx_tvalid)
              begin
                req_addr         <= #TCQ {region_select[1:0], m_axis_rx_tdata[10:2], 2'b00};
                req_compl        <= #TCQ 1'b1;
                req_compl_wd     <= #TCQ 1'b1;
                m_axis_rx_tready <= #TCQ 1'b0;
                state            <= #TCQ PIO_RX_WAIT_STATE;
              end // if (m_axis_rx_tvalid)
              else
              begin
                state        <= #TCQ PIO_RX_MEM_RD64_DW1DW2;
              end // if !(m_axis_rx_tvalid)
            end // PIO_RX_MEM_RD64_DW1DW2


            PIO_RX_MEM_WR64_DW1DW2 : begin
              if (m_axis_rx_tvalid)
              begin
                m_axis_rx_tready  <= #TCQ 1'b0;
                wr_addr           <= #TCQ {region_select[1:0], m_axis_rx_tdata[10:2]};
                // lower QW
                wr_data           <= #TCQ m_axis_rx_tdata[95:64];
                wr_en             <= #TCQ 1'b1;
                state             <= #TCQ PIO_RX_WAIT_STATE;
              end // if (m_axis_rx_tvalid)
              else
              begin
                state            <= #TCQ PIO_RX_MEM_WR64_DW1DW2;
              end // if (m_axis_rx_tvalid)
            end // PIO_RX_MEM_WR64_DW1DW2


            PIO_RX_WAIT_STATE : begin

              wr_en      <= #TCQ 1'b0;
              req_compl  <= #TCQ 1'b0;

              if ((tlp_type == PIO_RX_MEM_WR32_FMT_TYPE) &&(!wr_busy))
              begin

                m_axis_rx_tready  <= #TCQ 1'b1;
                state             <= #TCQ PIO_RX_RST_STATE;

              end // if ((tlp_type == PIO_RX_MEM_WR32_FMT_TYPE) &&(!wr_busy))
              else if ((tlp_type == PIO_RX_IO_WR32_FMT_TYPE) && (!wr_busy))
              begin

                m_axis_rx_tready <= #TCQ 1'b1;
                state        <= #TCQ PIO_RX_RST_STATE;

              end // if ((tlp_type == PIO_RX_IO_WR32_FMT_TYPE) && (!compl_done))
              else if ((tlp_type == PIO_RX_MEM_WR64_FMT_TYPE) && (!wr_busy))
              begin

                m_axis_rx_tready <= #TCQ 1'b1;
                state        <= #TCQ PIO_RX_RST_STATE;

              end // if ((tlp_type == PIO_RX_MEM_WR64_FMT_TYPE) && (!wr_busy))
              else if ((tlp_type == PIO_RX_MEM_RD32_FMT_TYPE) && (compl_done))
              begin

                m_axis_rx_tready <= #TCQ 1'b1;
                state        <= #TCQ PIO_RX_RST_STATE;

              end // if ((tlp_type == PIO_RX_MEM_RD32_FMT_TYPE) && (compl_done))
              else if ((tlp_type == PIO_RX_IO_RD32_FMT_TYPE) && (compl_done))
              begin

                m_axis_rx_tready <= #TCQ 1'b1;
                state        <= #TCQ PIO_RX_RST_STATE;

              end // if ((tlp_type == PIO_RX_IO_RD32_FMT_TYPE) && (compl_done))
              else if ((tlp_type == PIO_RX_MEM_RD64_FMT_TYPE) && (compl_done))
              begin

                m_axis_rx_tready <= #TCQ 1'b1;
                state        <= #TCQ PIO_RX_RST_STATE;

              end // if ((tlp_type == PIO_RX_MEM_RD64_FMT_TYPE) && (compl_done))
              else
              begin
                state        <= #TCQ PIO_RX_WAIT_STATE;
              end

            end // PIO_RX_WAIT_STATE

            default : begin
              // default case stmt
              state        <= #TCQ PIO_RX_RST_STATE;
            end // default

          endcase
        end // if rst_n
      end // always
    end // pio_rx_sm_128
  endgenerate

assign    mem64_bar_hit_n = ~(m_axis_rx_tuser[2]);
assign    io_bar_hit_n = 1'b1;
assign    mem32_bar_hit_n = 1'b1;
assign    erom_bar_hit_n  = ~(m_axis_rx_tuser[8]);


  always @*
  begin
    case ({io_bar_hit_n, mem32_bar_hit_n, mem64_bar_hit_n, erom_bar_hit_n})

      4'b0111 : begin
        region_select <= #TCQ 2'b00;    // Select IO region
      end // 4'b0111

      4'b1011 : begin
        region_select <= #TCQ 2'b01;    // Select Mem32 region
      end // 4'b1011

      4'b1101 : begin
        region_select <= #TCQ 2'b10;    // Select Mem64 region
      end // 4'b1101

      4'b1110 : begin
        region_select <= #TCQ 2'b11;    // Select EROM region
      end // 4'b1110

      default : begin
        region_select <= #TCQ 2'b00;    // Error selection will select IO region
      end // default

    endcase // case ({io_bar_hit_n, mem32_bar_hit_n, mem64_bar_hit_n, erom_bar_hit_n})

  end

  // synthesis translate_off
  reg  [8*20:1] state_ascii;
  always @(state)
  begin
    case (state)
      PIO_RX_RST_STATE              : state_ascii <= #TCQ "RX_RST_STATE";
      PIO_RX_MEM_RD32_DW1DW2        : state_ascii <= #TCQ "RX_MEM_RD32_DW1DW2";
      PIO_RX_MEM_WR32_DW1DW2        : state_ascii <= #TCQ "RX_MEM_WR32_DW1DW2";
      PIO_RX_MEM_RD64_DW1DW2        : state_ascii <= #TCQ "RX_MEM_RD64_DW1DW2";
      PIO_RX_MEM_WR64_DW1DW2        : state_ascii <= #TCQ "RX_MEM_WR64_DW1DW2";
      PIO_RX_MEM_WR64_DW3           : state_ascii <= #TCQ "RX_MEM_WR64_DW3";
      PIO_RX_WAIT_STATE             : state_ascii <= #TCQ "RX_WAIT_STATE";
      PIO_RX_IO_WR_DW1DW2           : state_ascii <= #TCQ "RX_IO_WR_DW1DW2";
      PIO_RX_IO_MEM_WR_WAIT_STATE   : state_ascii <= #TCQ "RX_IO_MEM_WR_WAIT_STATE";
      default                       : state_ascii <= #TCQ "PIO 128 STATE ERR";
    endcase

  end
  // synthesis translate_on

endmodule // PIO_RX_ENGINE